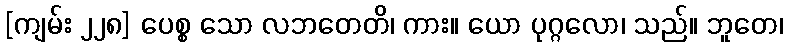
[ကျမ်း ၂၂၈] ပေစ္စ သော လဘတေတိ၊ ကား။ ယော ပုဂ္ဂလော၊ သည်။ ဘူတေ၊